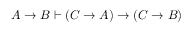
A \to B \vdash ( C \to A ) \to ( C \to B )